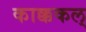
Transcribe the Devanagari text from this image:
काक्ककल्